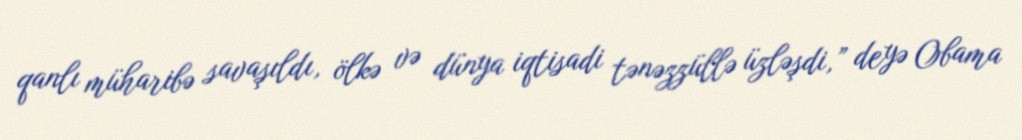
qanlı müharibə savaşıldı, ölkə və dünya iqtisadi tənəzzüllə üzləşdi,” deyə Obama